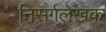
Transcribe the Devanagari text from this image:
निसर्गलेखक